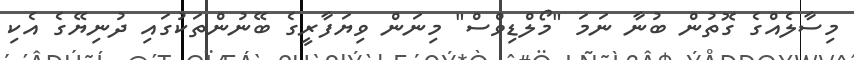
މިސާލެއްގެ ގޮތުން ބުނާ ނަމަ "މޯލްޑިވްސް" މިނަން ވިޔަފާރީގެ ބޭނުންތަކުގައި ދުނިޔޭގެ އެކި